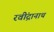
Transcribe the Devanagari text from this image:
रवींद्रानाथ